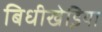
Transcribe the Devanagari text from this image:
बिधीखेडि़या